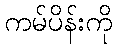
ကမ်ပိန်းကို